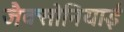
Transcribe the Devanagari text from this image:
जैक्सोनियाई